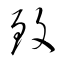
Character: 致